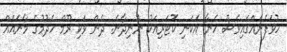
ހުވަފެނެއްގައިވެސް ހެނާ އެކަނި ކޮޓަރިއަކު ނުނިދާނެ. ދެން ވަކި ރޫމް ހެދުމުގެ މާނައެއް